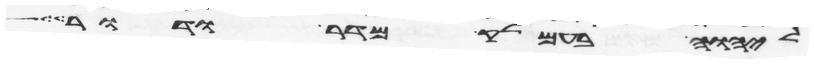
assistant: ליהוה בעמלק מדר ודר